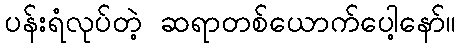
ပန်းရံလုပ်တဲ့ ဆရာတစ်ယောက်ပေါ့နော်။